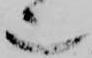
也